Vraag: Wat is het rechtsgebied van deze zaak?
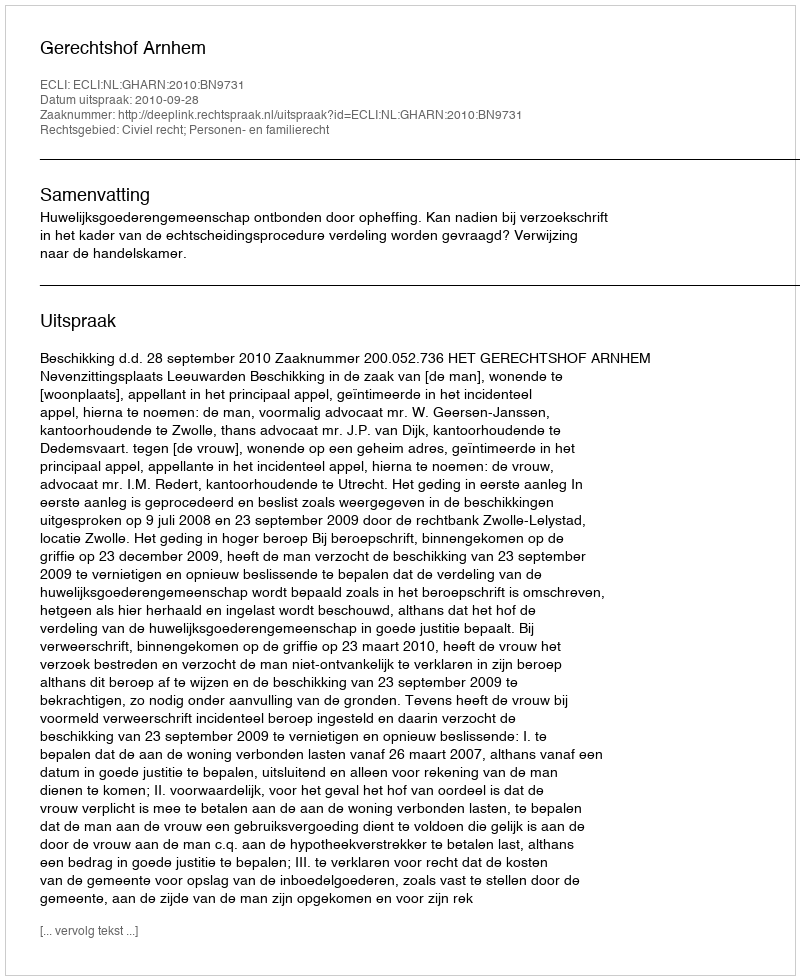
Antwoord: Civiel recht; Personen- en familierecht